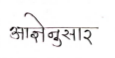
मजकूर: आज्ञेनुसार